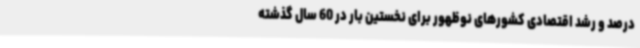
درصد و رشد اقتصادی کشورهای نوظهور برای نخستین بار در 60 سال گذشته